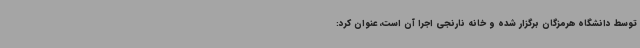
توسط دانشگاه هرمزگان برگزار شده و خانه نارنجی اجرا آن است، عنوان کرد: